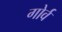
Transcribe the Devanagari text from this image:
गोर्व